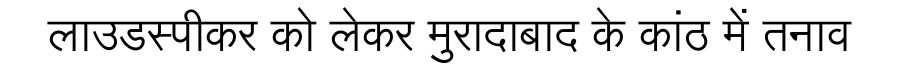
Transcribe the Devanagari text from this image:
लाउडस्पीकर को लेकर मुरादाबाद के कांठ में तनाव